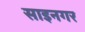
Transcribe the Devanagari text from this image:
साइनगर